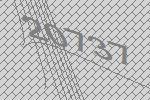
20737